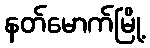
နတ်မောက်မြို့